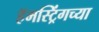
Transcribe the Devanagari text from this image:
हॅमस्ट्रिंगच्या